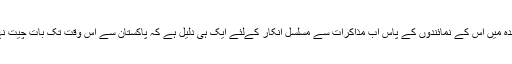
بھارت کے وزیراعظم نریندر مودی سے لے کر اقوام متحدہ میں اس کے نمائندوں کے پاس اب مذاکرات سے مسلسل انکار کےلئے ایک ہی دلیل ہے کہ پاکستان سے اس وقت تک بات چیت نہیں ہو سکتی جب تک وہ ہاتھ میں بندوق پکڑے ہوئے ہے۔